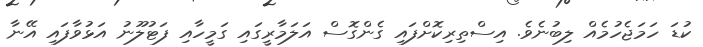
ކުޑަ ހަމަޖެހުމެއް ލިބުނެވެ. އިސްތިރިކޮށްފައި ގެންގޮސް އަލަމާރީގައި ގަމީހާއި ފަޓުލޫނު އަޅުވާފައި އޭނާ